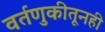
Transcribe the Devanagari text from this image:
वर्तणुकीतूनही